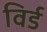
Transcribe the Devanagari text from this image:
विर्ड